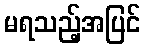
မရသည့်အပြင်